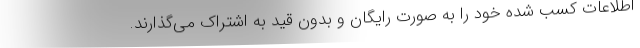
اطلاعات کسب شده خود را به صورت رایگان و بدون قید به اشتراک می‌گذارند.